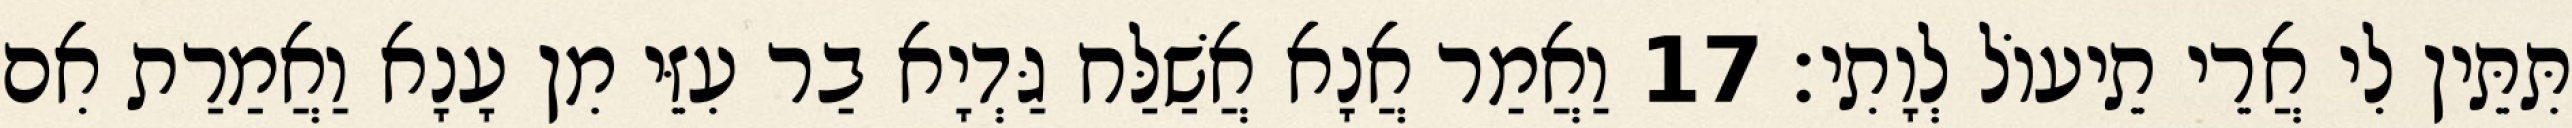
תִּתֵּין לִי אֲרֵי תֵיעוֹל לְוָתִי׃ 17 וַאֲמַר אֲנָא אֲשַׁלַּח גַּדְיָא בַר עִזֵּי מִן עָנָא וַאֲמַרַת אִם